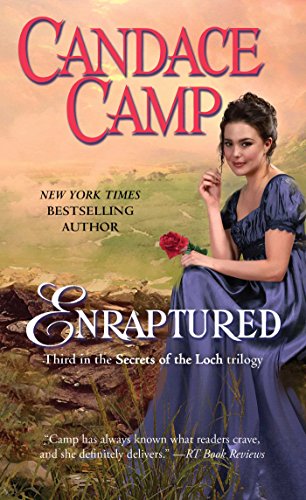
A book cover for Enraptured (Secrets of the Loch); Candace Camp; Romance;